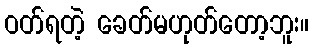
ဝတ်ရတဲ့ ခေတ်မဟုတ်တော့ဘူး။